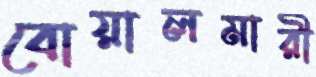
বোয়ালমারী